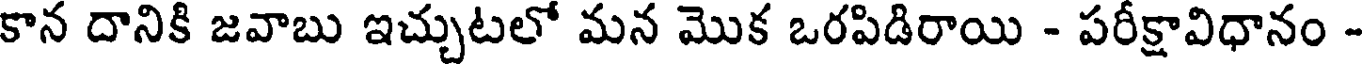
కాన దానికి జవాబు ఇచ్చుటలో మన మొక ఒరపిడిరాయి - పరీక్షావిధానం -